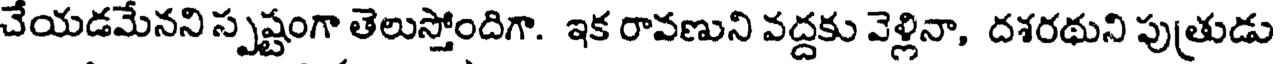
చేయడమేనని స్పష్టంగా తెలుస్తోందిగా. ఇక రావణుని వద్దకు వెళ్లినా, దశరథుని పుత్రుడు